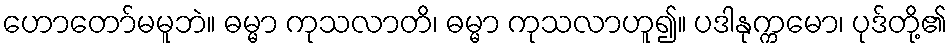
ဟောတော်မမူဘဲ။ ဓမ္မာ ကုသလာတိ၊ ဓမ္မာ ကုသလာဟူ၍။ ပဒါနုက္ကမော၊ ပုဒ်တို့၏